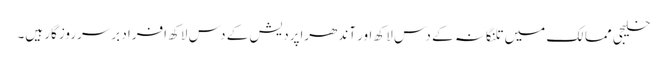
خلیجی ممالک میں تلنگانہ کے دس لاکھ اور آندھراپردیش کے دس لاکھ افراد برسرروزگار ہیں۔